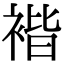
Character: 𧚻